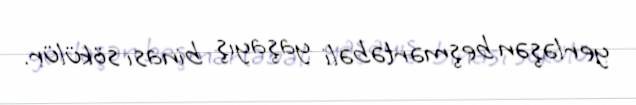
yerləşən beşmərtəbəli yaşayış binası sökülür.